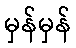
မှန်မှန်